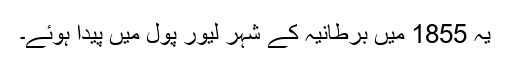
یہ 1855 میں برطانیہ کے شہر لیور پول میں پیدا ہوئے۔